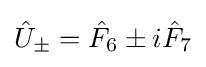
{\hat {U}}_{\pm }={\hat {F}}_{6}\pm i{\hat {F}}_{7}